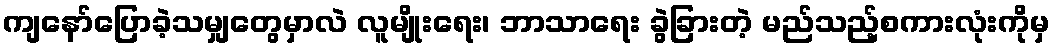
ကျနော်ပြောခဲ့သမျှတွေမှာလဲ လူမျိုးရေး၊ ဘာသာရေး ခွဲခြားတဲ့ မည်သည့်စကားလုံးကိုမှ